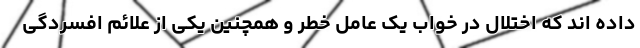
داده اند که اختلال در خواب یک عامل خطر و همچنین یکی از علائم افسردگی